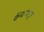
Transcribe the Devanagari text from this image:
कॅन्सरपासून